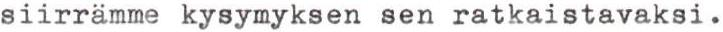
siirrämme kysymyksen sen ratkaistavaksi.